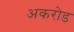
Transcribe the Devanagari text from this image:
अकरोड